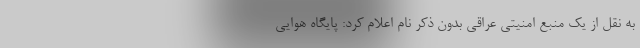
به نقل از یک منبع امنیتی عراقی بدون ذکر نام اعلام کرد: پایگاه هوایی